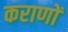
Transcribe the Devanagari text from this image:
कराणों